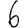
Digit: 6